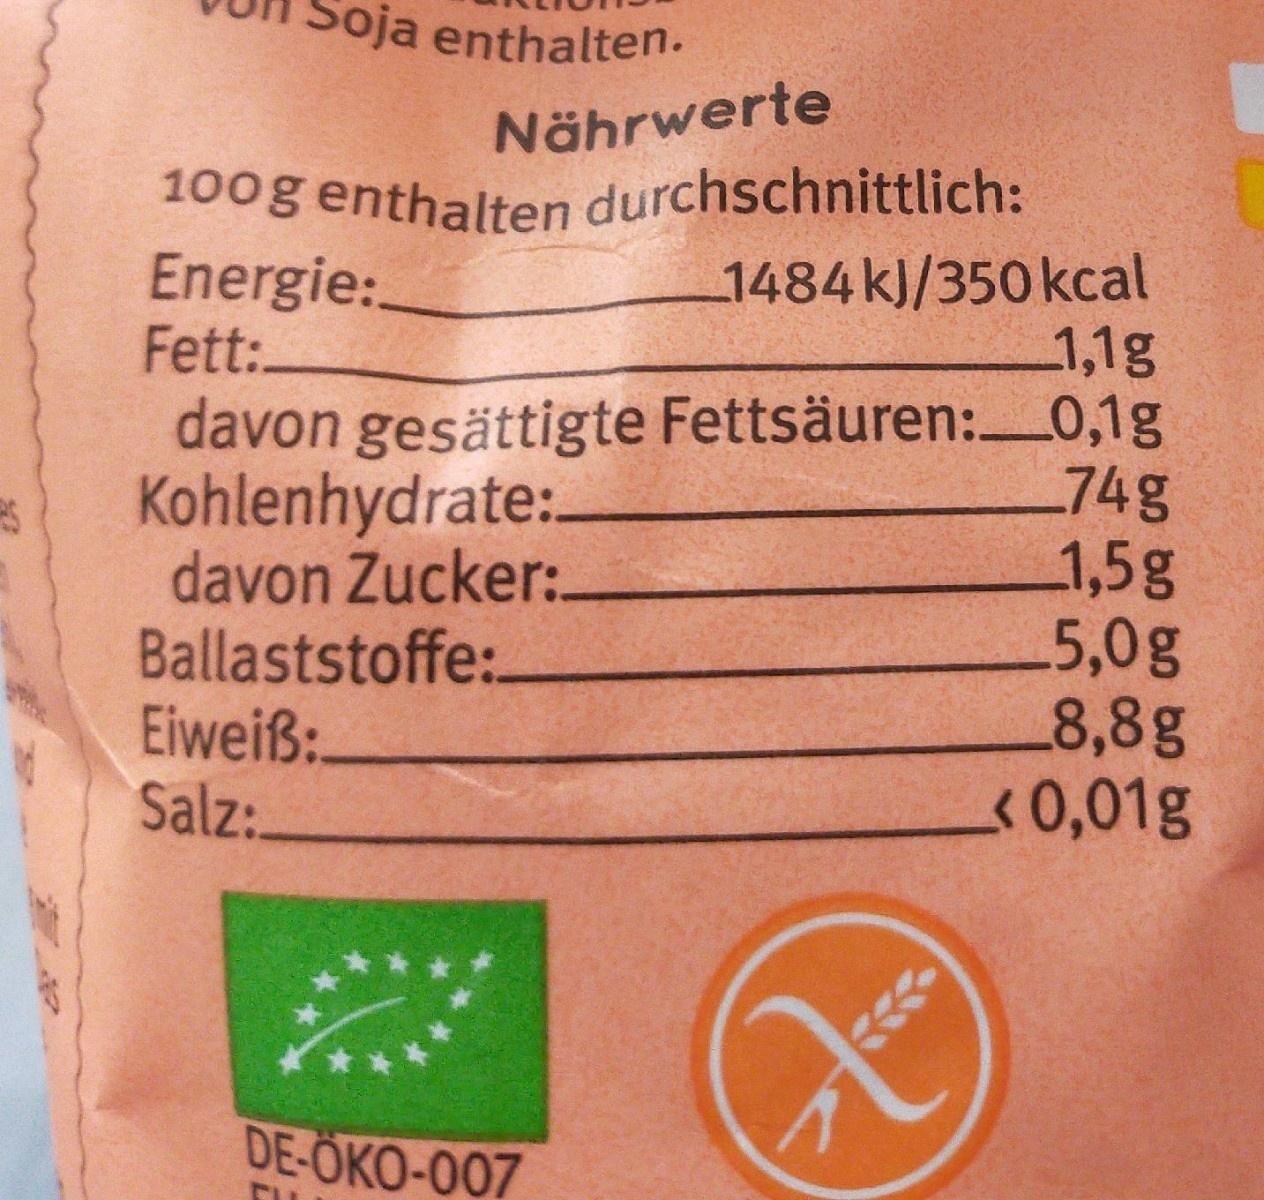
oja enthalten.
Nährwerte
100g enthalten durchschnittlich: Energie:. Fett:.
Kohlenhydrate:. davon Zucker: Ballaststoffe:. Eiweiß: Salz:.
1484kJ/350 kcal 1,1g davon gesättigte Fettsäuren:0,1g 74g 1,5g .5,0g 8,8g <0,01g
DE-ÖKO-007